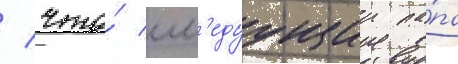
/ что́ сл'едуущии па́па